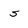
Character: s